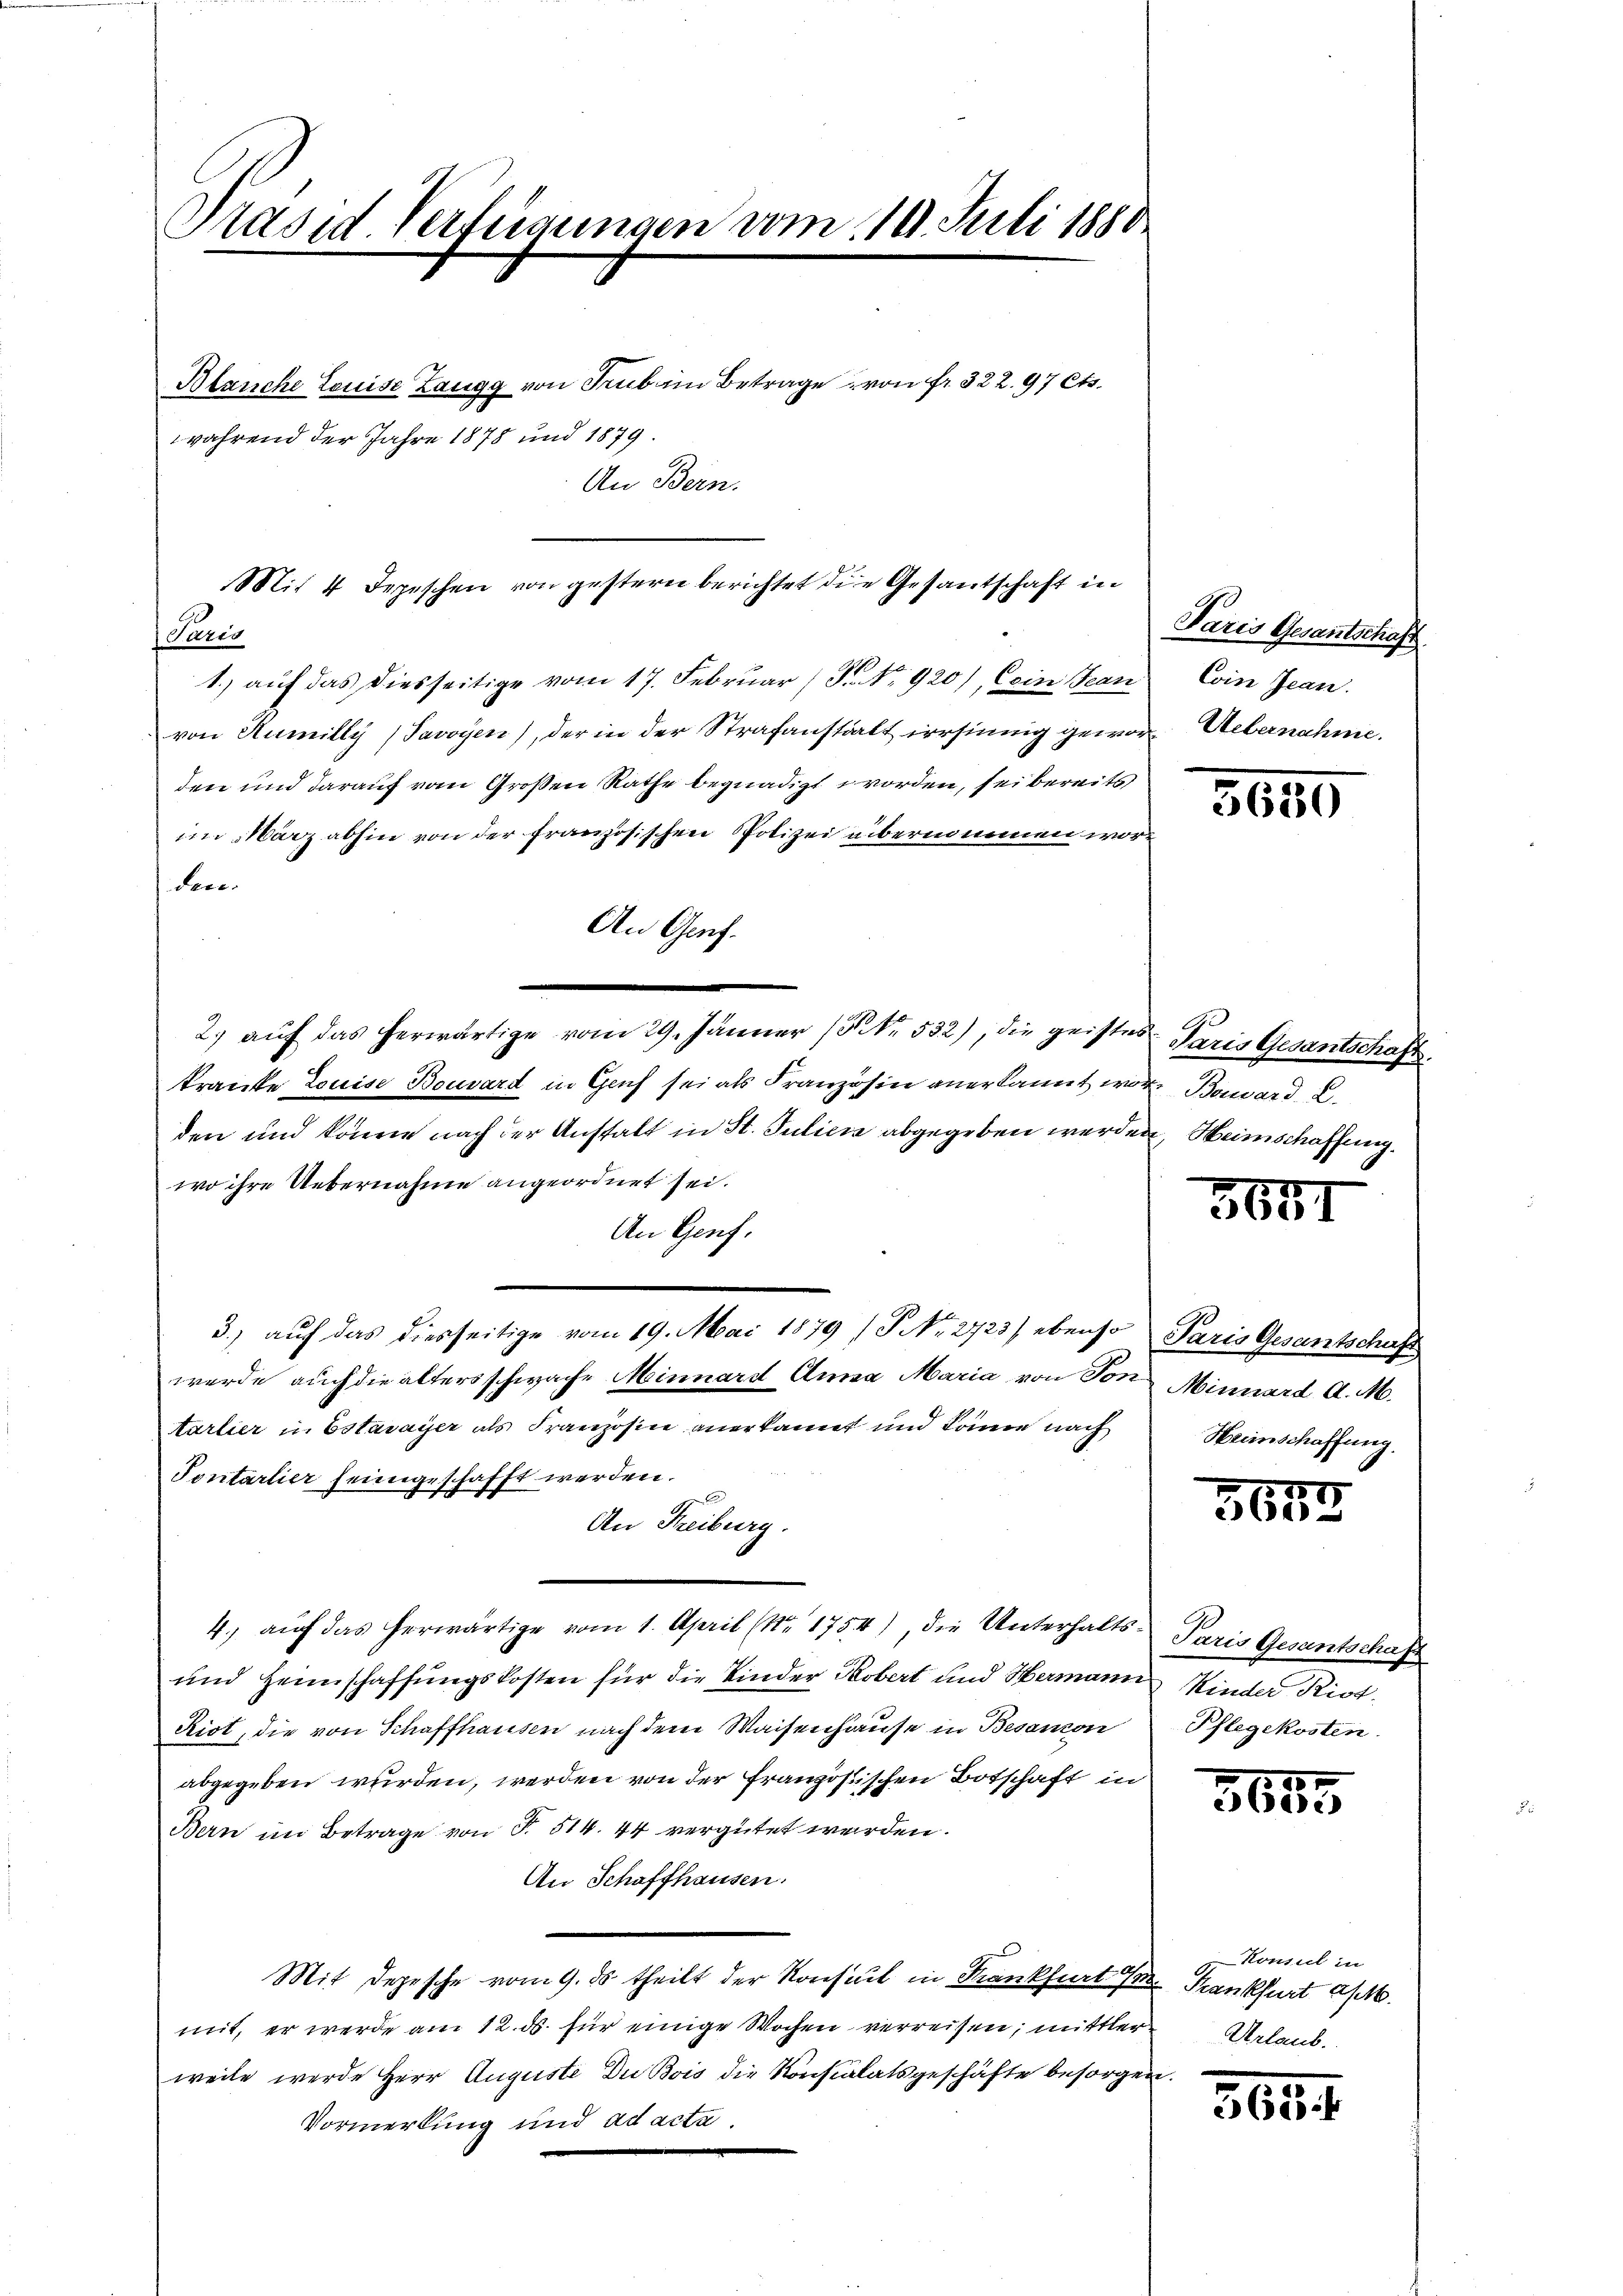
Prased Verfeigungen vom 119. Juli 1880

An Bern.

Blanche Louise Zaugg von Trub in Betrage von fr. 322. 97 Cts.
während der Jahre 1878 und 1879.

Mit 4 Depeschen von gestern berichtet die Gesantschaft in

Paris
1.) auf das diesseitige vom 17. Februar (T. No. 920), (ein Jean
von Rumilly (Savoyen), der in der Strafanstalt irrsinnig geworden und darauf vom Großen Rathe begnadigt worden, sei bereits
im März abhin von der französischen Polizei übernommen worden.
An Genf.
2. aŭf das herwärtige vom 29. Jänner 13 Nr. 532), die geistes Paris Gesantschaf
kranke Louise Bouvard in Genf sei als Französin anerkannt war, Baward L.
den und könne nach der Anstalt in St. Julici abgegeben werden, Heimschaffung.
wo ihre Uebernahme angeordnet sei.
An Genf.
3.) auch das diesseitige vom 19. Mai 1879 (P No. 2723/ ebenso Paris Gesantschaft
werde auch die altersschwache Minnard Anna Maria von Ton Minnard A. M.
tarlier in Estavayer als Französine anerkannt und könne nach
Pontartier heimgeschafft werden.
An Freiburg.
4.) auf das herwärtige vom 1. April (Nr. 1754), die Unterhalts¬
und Heimschaffungskosten für die Kinder Kobert und Hermann Kinder Kist
Riot, die von Schaffhausen nach dem Waisenhause in Besanzon
abgegeben wurden, werden von der französischen Botschaft in
Bern im Betrage von § 514. 44 vergütet werden.
An Schaffhausen.
Mit Depesche vom 9. ds. theilt der Konsul in Krankfurt Krankfurt a/M.
mit, er werde am 12. ds. für einige Wochen verreisen; mittler
weile werde Herr Auguste Du Bois die Konstalatsgeschäfte besorgen.
Vormerkung und ad acta.

Paris Gesantschaft
Coin Jean.
Uebernahme.

3650

365

Heimschaffung

157
360:

Paris Gesantschaft
Pflegekosten.

1
360.

Konsul in
Urlaub.

3694